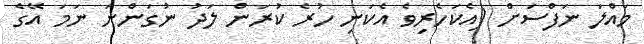
މައްލަ ނަފްސަށް (އެކަހެރިވެ އެކަނި ހުރެ ކުރަން ލަދު ނުގަންނަ ނަމަ އޭގެ